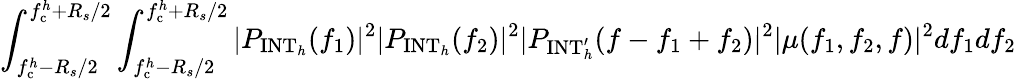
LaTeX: \int_{f_{\mathrm{c}}^{h}-R_{s}/2}^{f_{\mathrm{c}}^{h}+R_{s}/2}\int_{f_{\mathrm{c}}^{h}-R_{s}/2}^{f_{\mathrm{c}}^{h}+R_{s}/2}|P_{\mathrm{INT}_{h}}(f_{1})|^{2}|P_{\mathrm{INT}_{h}}(f_{2})|^{2}|P_{\mathrm{INT}_{h}^{\prime}}(f-f_{1}+f_{2})|^{2}|\mu(f_{1},f_{2},f)|^{2}df_{1}df_{2}